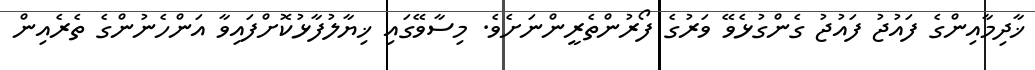
ޚާދިމާއިންގެ ފައުޖު ފައުޖު ގެންގުޅެވޭ ވަރުގެ ފޯރުންތެރީންނަށެވެ. މިސާވޭގައި ޚިޔާލުފާޅުކޮށްފައިވާ އަންހެނުންގެ ތެރެއިން